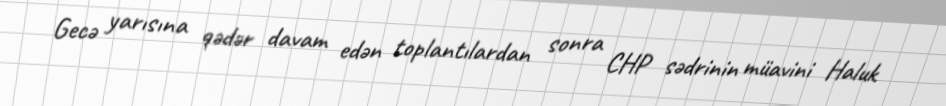
Gecə yarısına qədər davam edən toplantılardan sonra CHP sədrinin müavini Haluk